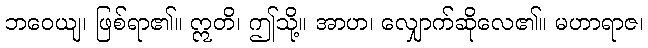
ဘဝေယျ၊ ဖြစ်ရာ၏။ ဣတိ၊ ဤသို့။ အာဟ၊ လျှောက်ဆိုလေ၏။ မဟာရာဇ၊